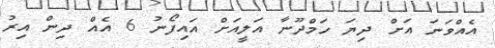
އެއްވަނަ އަށް ދިޔަ ހަމްދޫނާ އަލީއަށް އައިފޯނު 6 އެއް ދިން އިރު